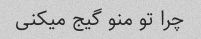
چرا تو منو گیج میکنی